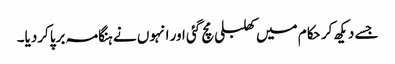
جسے دیکھ کر حکام میں کھلبلی مچ گئی اور انہوں نے ہنگامہ برپاکردیا۔